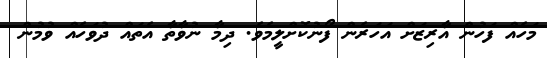
މަހެއް ފަހުން އާރިޒަށް އަހަރެން ފޯނުކޮށްލީމެވެ. ދިމާ ނުވާތާ އެތައް ދުވަހެއް ވުމުން